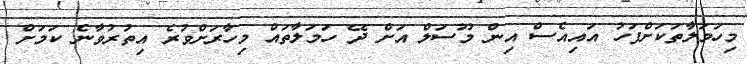
މިހަމަލާތަކަށްފަހު އައިއެސް އިން މޫސަލް އަށް ދޭ ހަމަލާތައް މިހާރަށްވުރެ އިތުރުވާނެ ކަމަށް